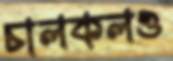
চালকলও